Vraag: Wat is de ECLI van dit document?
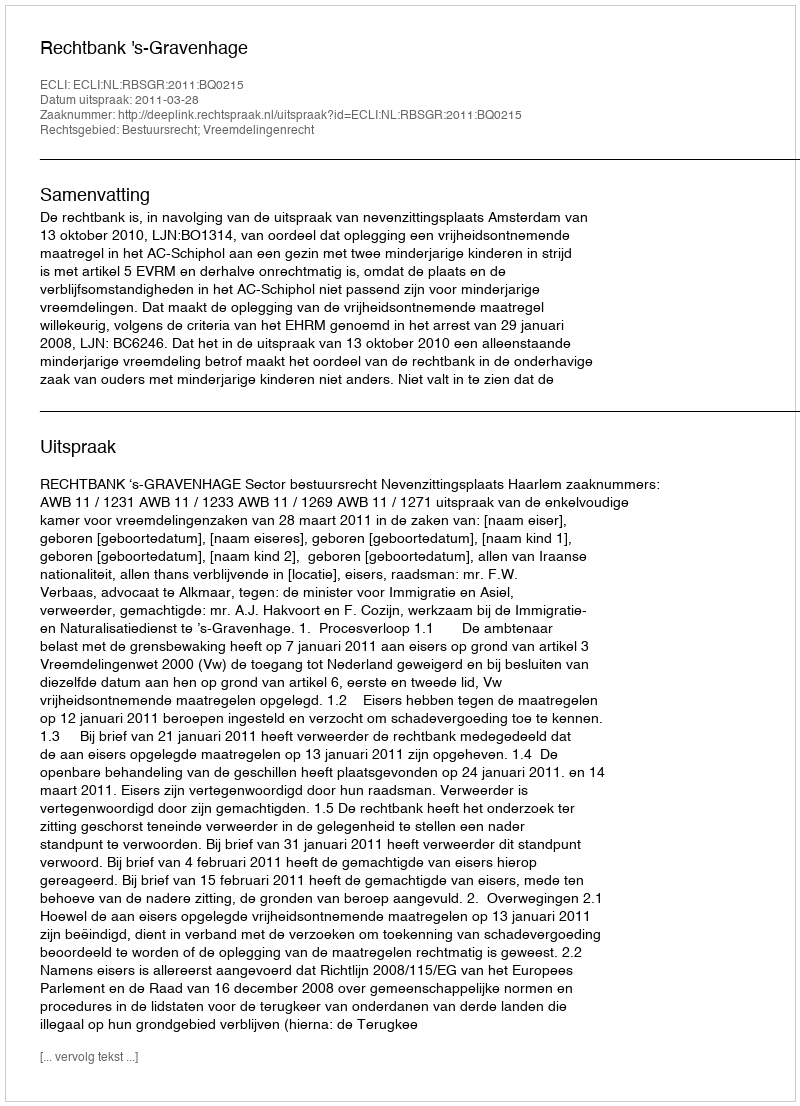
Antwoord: ECLI:NL:RBSGR:2011:BQ0215